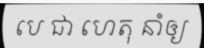
បេ ជា ហេតុ នាំឲ្យ